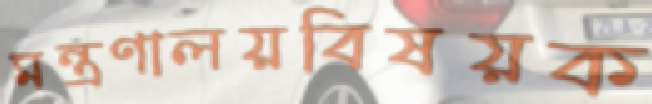
মন্ত্রণালয়বিষয়ক